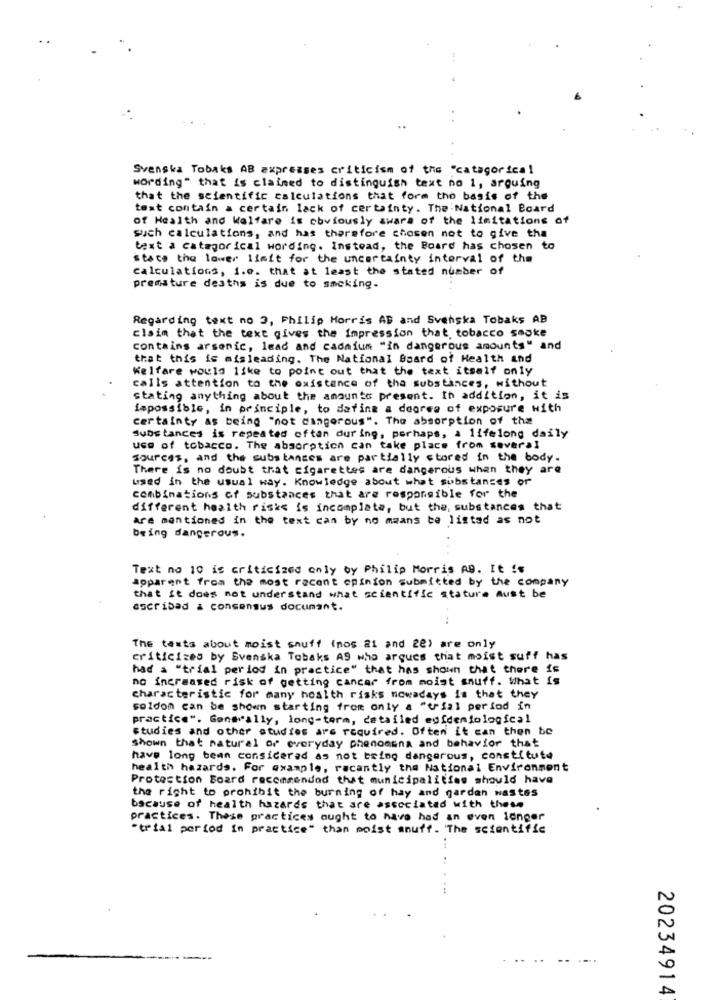
..
Svenska Tobaks AB expresses criticism of the "categorical
wording" that is claimed to distinguish text no 1, arguing
that the scientific calculations that form tho basis of the
text contain a certain lack of certainty. The National Board
of Health and Welfare is obviously aware of the limitations of
such calculations, and has therefore chosen not to give the
text a categor ical wording. Instead, the Board has chosen to
statt the lower left for the uncertainty interval of the
calculations, 1.e. that at least the stated number of
premature deaths is due to sacking.
Regarding text no 3, Philip Morris AB and Svenska Tobaks AB
claim that the text gives the impression that, tobacco smoke
contains arsenic, lead and cadmium "in dangerous amounts" and
that this is misleading. The National Board of Health and
Welfare would like to point out that the text itself only
calls attention to the existence of tha substances, without
stating anything about the amounts present. In addition, it is
impossible, in principle, to define a degree of exposure with
certainty as being "not dangerous". The absorption of the
Substances is repeated oftan during, perhaps, a lifelong daily
use of tobacco. The absorption can take place from several
sources, and the substances are partially stored in the body.
There is no doubt that cigarettes are dangerous when they are
used in the usual way. Knowledge about what substances or
combinations of substances that are responsible for the
different health riske is incomplete, but the, substances that
are mentioned in the text can by no means be listed as not
being dangerous.
Text no 10 is criticized only by Philip Morris AD. It is
apparent from the most recent opinion submitted by the company
that it does not understand what scientific stature must be
ascribed & consensus document.
...
The tests about moist snuff (nos ai and 22) are only
criticized by Svenska Tobaks AS who argues that moist suff has
had a "trial period in practice" that has shown that there is
no increased risk of getting cancer from moist snuff. What is
characteristic for many health risks nowadays is that they
seldom can be shown starting from only a "trial period in
practice". Generally, long-term, detailed epidemiological
studies and other studies are required. Often it can then be
shown that natural of everyday phenomena and behavior that
have long been considered as not being dangerous, constitute
health hazards. For example, recently the National Environment
Protection Board recommended that municipalities should have
the right to prohibit the burning of hay and garden wastes
bacause of health hazards that are associated with these
practices. These practices ought to have had an even longer
"trial period in practice" than moist snuff. The scientific
20234914